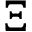
\Xi